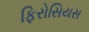
ફિરોસિયસ